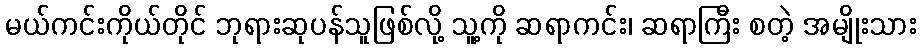
မယ်ကင်းကိုယ်တိုင် ဘုရားဆုပန်သူဖြစ်လို့ သူ့ကို ဆရာကင်း၊ ဆရာကြီး စတဲ့ အမျိုးသား